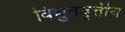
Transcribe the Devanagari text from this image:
विद्युतवृत्तीय